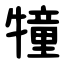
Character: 犝